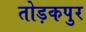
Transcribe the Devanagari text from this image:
तोड़कपुर